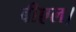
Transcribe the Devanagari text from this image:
बीएल।